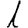
Digit: 1